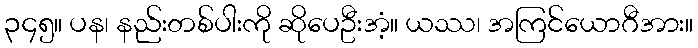
၃၄၅။ ပန၊ နည်းတစ်ပါးကို ဆိုပေဦးအံ့။ ယဿ၊ အကြင်ယောဂီအား။